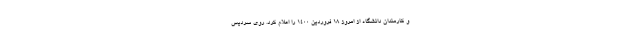
و کارمندان دانشگاه از امروز ۱۸ فروردین ۱۴۰۰ را اعلام کرد. روی سردیس